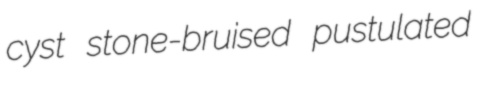
cyst stone-bruised pustulated